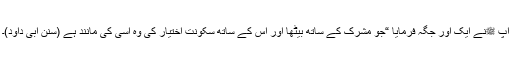
آپ ﷺنے ایک اور جگہ فرمایا “جو مشرک کے ساتھ بیٹھا اور اس کے ساتھ سکونت اختیار کی وہ اسی کی مانند ہے (سنن ابی داؤد)۔